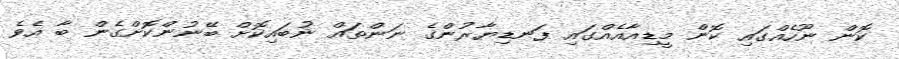
ކޮން ނޫހެއްގައި ކޮން މީޑިއާއެއްގައި ފަނޑިޔާރުންގެ ނަންތައް ނުބައިކޮށް ބޭނުންކޮށްގެން ބާ އެވެ